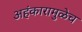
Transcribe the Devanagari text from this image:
अहंकारामुळेच